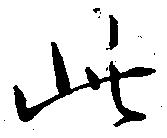
此